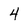
Character: 4